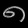
Digit: ၈